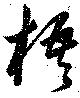
梧